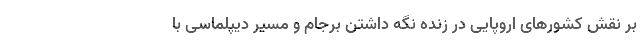
بر نقش کشورهای اروپایی در زنده نگه داشتن برجام و مسیر دیپلماسی با